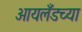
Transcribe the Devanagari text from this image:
आयलँडच्या